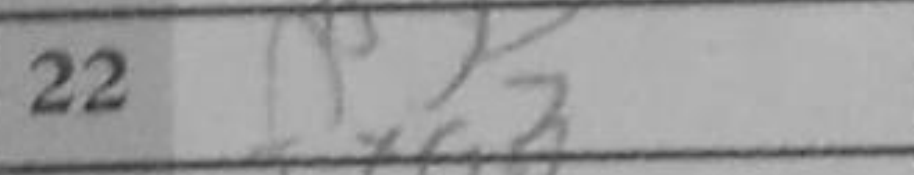
Transcription: fxg3